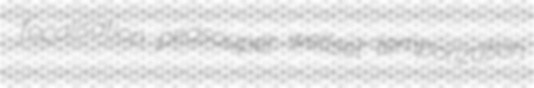
focalisation peasouper wellset temporization